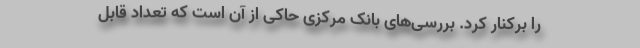
را برکنار کرد. بررسی‌های بانک مرکزی حاکی از آن است که تعداد قابل